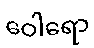
ဝေါရော